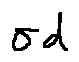
\sigma d